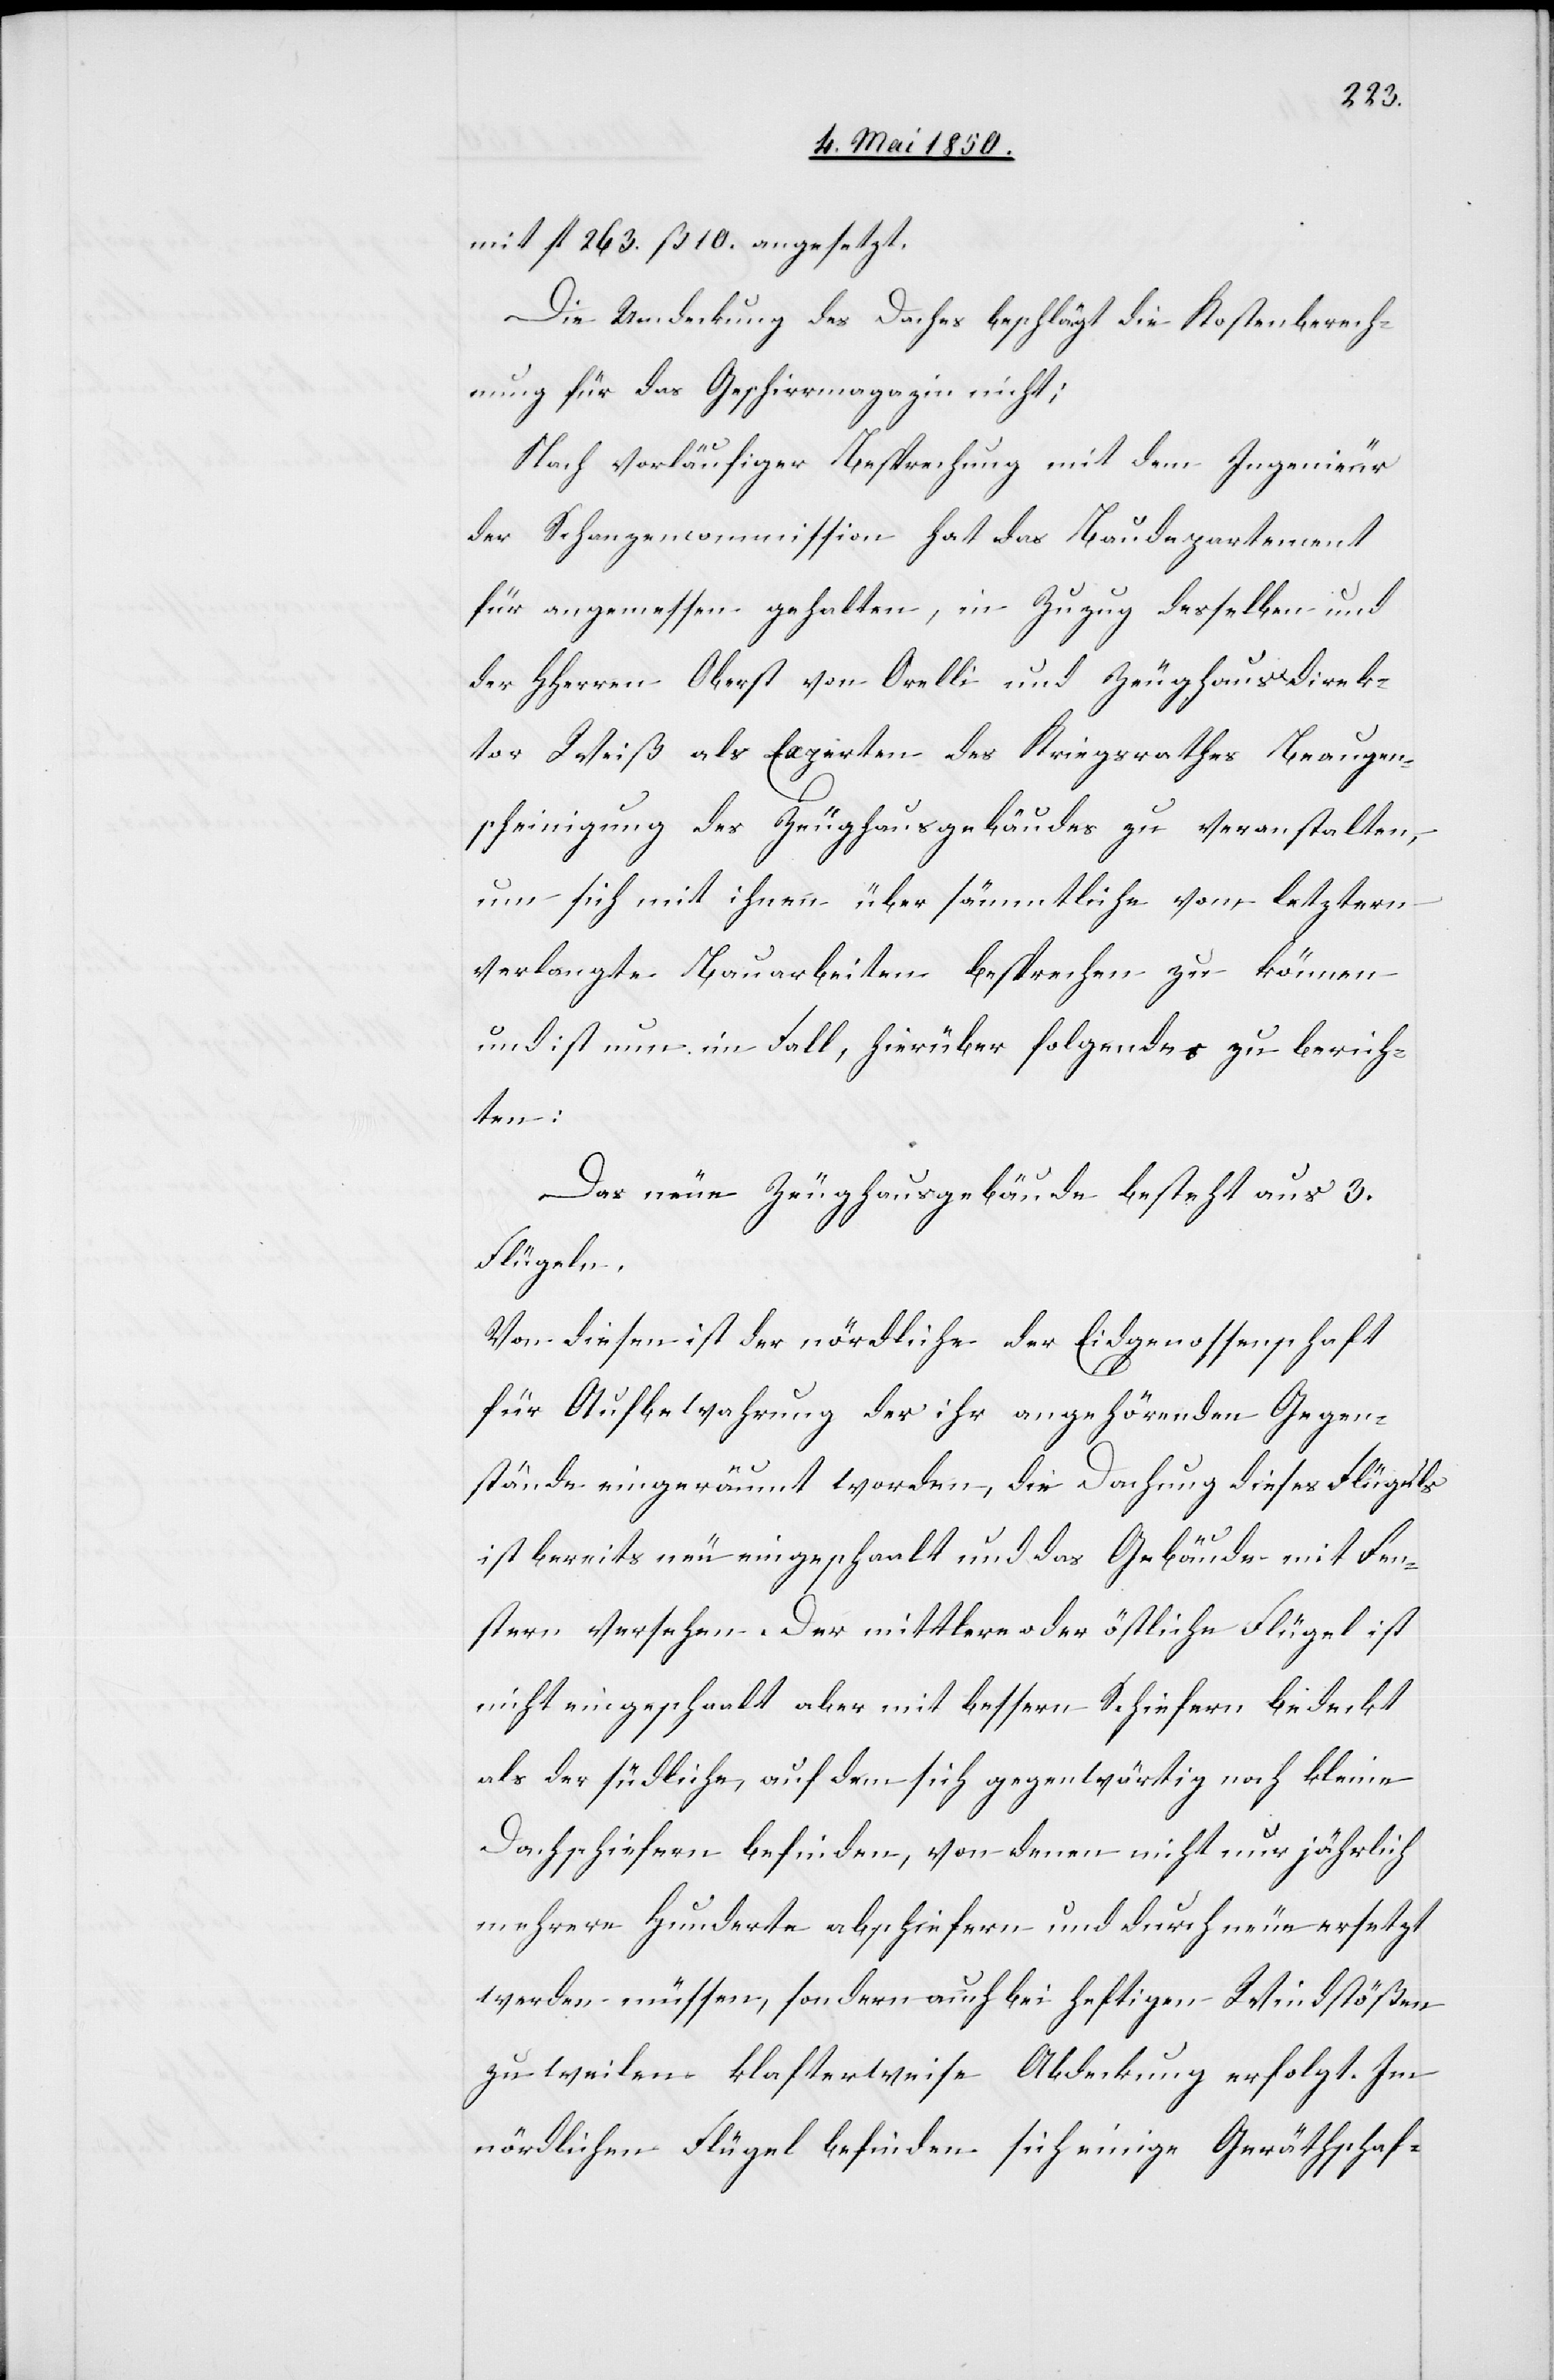
mit fl 263. ß 10. angesetzt.
Die Umdeckung des Daches beschlägt die Kosten Berech¬
nung für das Geschirrmagazin nicht;
Nach vorläufiger Besprechung mit dem Ingenieur
der Schanzencommission hat das Baudepartement
für angemessen gehalten, in Zuzug desselben und
der HHerren Oberst von Orelli und Zeughausdirek¬
tor Weiß als Experten des Kriegsrathes Beaugen¬
scheinigung des Zeughausgebäudes zu veranstalten,
um sich mit ihnen über sämmtliche vom letztern
verlangte Bauarbeiten besprechen zu können
und ist nun im Fall, hierüber folgendes zu berich¬
ten:
Das neue Zeughausgebäude besteht aus 3.
Flügeln.
Von diesen ist der nördliche der Eidgenossenschaft
für Aufbewahrung der ihr angehörenden Gegen¬
stände eingeräumt worden, die Dachung dieses Flügels
ist bereits neu eingeschaalt und das Gebäude mit Fen¬
stern versehen. Der mittlere oder östliche Flügel ist
nicht eingeschaalt aber mit bessern Schiefern bedeckt
als der südliche, auf dem sich gegenwärtig noch kleine
Dachschiefern befinden, von denen nicht nur jährlich
mehrere Hunderte abschiefern und durch neue ersetzt
werden müssen, sondern auch bei heftigen Windstößen
zuweilen klafterweise Abdeckung erfolgt. Im
nördlichen Flügel befinden sich einige Geräthschaf-